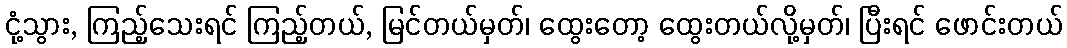
ငုံ့သွား, ကြည့်သေးရင် ကြည့်တယ်, မြင်တယ်မှတ်၊ ထွေးတော့ ထွေးတယ်လို့မှတ်၊ ပြီးရင် ဖောင်းတယ်